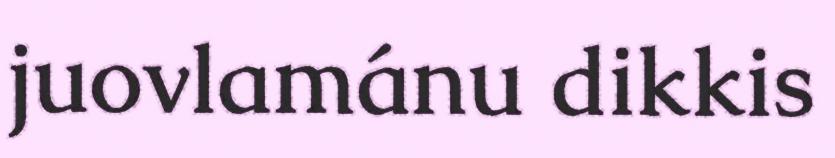
juovlamánu dikkis